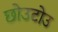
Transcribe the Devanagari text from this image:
छोउटोउ